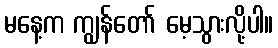
မနေ့က ကျွန်တော် မေ့သွားလို့ပါ။